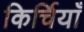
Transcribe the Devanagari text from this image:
किर्चियाँ